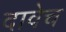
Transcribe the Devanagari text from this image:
दावेच